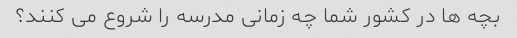
بچه ها در کشور شما چه زمانی مدرسه را شروع می کنند؟